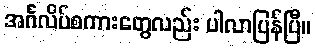
အင်္ဂလိပ်စကားတွေလည်း ပါလာပြန်ပြီ။